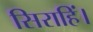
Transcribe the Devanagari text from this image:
सिराहिं।